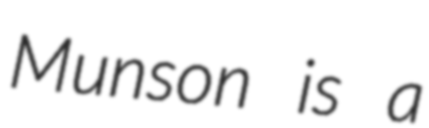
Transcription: Munson is a